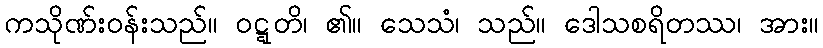
ကသိုဏ်းဝန်းသည်။ ဝဋ္ဋတိ၊ ၏။ သေသံ၊ သည်။ ဒေါသစရိတဿ၊ အား။